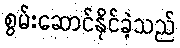
စွမ်းဆောင်နိုင်ခဲ့သည်